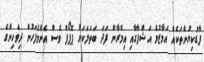
ފާޑުކިޔުންތަކެއް އަމާޒުވެ އަޝްފާގާއި އިމްރާން ފަދަ ބަތަލަކަށް ޕޮޕޯފް ވެސް އެންމެފަހުން ދިވެހިންގެ